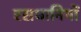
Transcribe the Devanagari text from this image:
रसधानियों